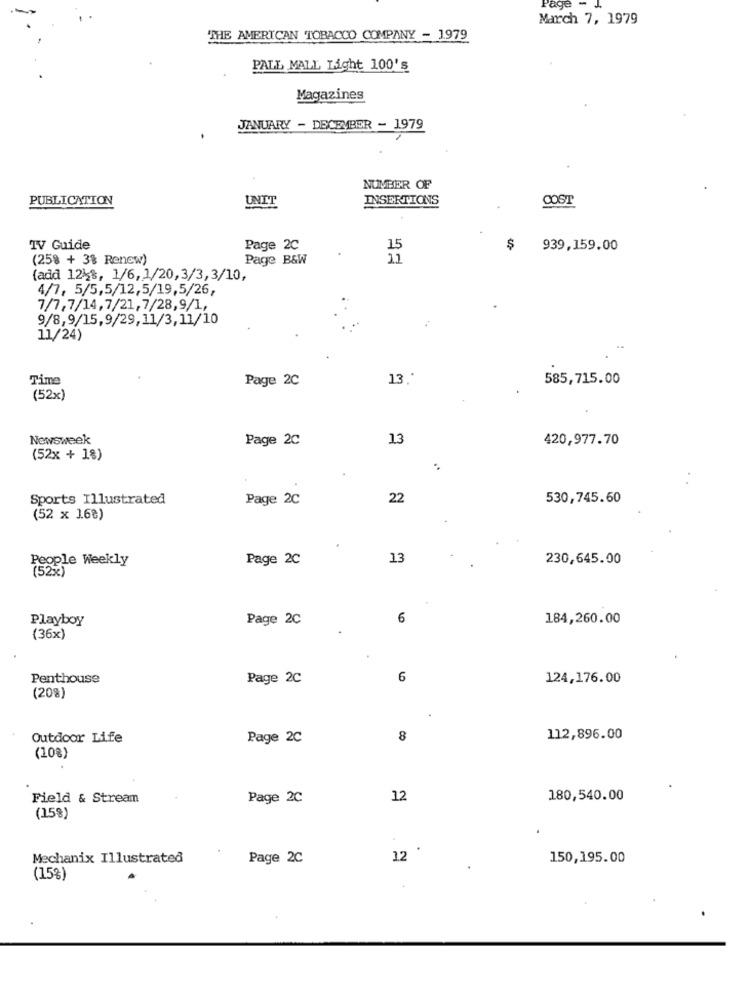
Page
March 7, 1979
'THE AMERICAN TOBACCO COMPANY - 1979
PALL MALL Light 100's
Magazines
JANUARY - DECEMBER - 1979
NUMBER OF
PUBLICATION
UNIT
INSERTIONS
COST
TV Guide
Page 2C
15
$
939,159.00
(258 + 3% Renew)
Page B&W
(add 1248, 1/6, 1/20,3/3,3/10,
4/7, 5/5,5/12,5/19,5/26,
7/7,7/14, 7/21, 7/28,9/1,
9/8,9/15,9/29,11/3,11/10
11/24)
Time
Page 2C
13 .*
585,715.00
(52x)
Newsweek
Page 2C
13
420,977.70
(52x + 1%)
Sports Illustrated
Page 2C
22
530,745.60
(52 x 1.6%)
People Weekly
Page 2C
13
230,645.00
(52%)
Playboy
Page 2C
6
184,260.00
(36x)
Penthouse
Page 2C
6
124,176.00
(20%)
Outdoor Life
Page 2C
8
112,896.00
(10%)
Field & Stream
Page 2C
12
180,540.00
(15%)
Mechanix Illustrated
Page 2C
12 '
150,195.00
(15%)